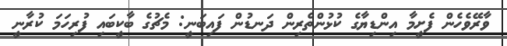
ވާރޭވެހެން ފެށީމާ އިންޑިޔާގެ ކުޅުންތެރިން ދަނޑުން ފައިބަނީ: މެޗުގެ ބާކީބައި ފުރިހަމަ ކުރާނީ